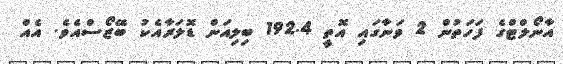
އާނޯލްޓްގެ ފަހަތުން 2 ވަނާގައި އޮތީ 192.4 ބިލިއަން ޑޮލަރާއެކު ބޭޒޯސްއެވެ. އެއް